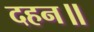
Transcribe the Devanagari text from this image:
दहन॥